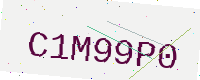
Text: C1M99P0